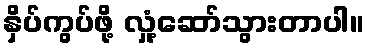
နှိပ်ကွပ်ဖို့ လှုံ့ဆော်သွားတာပါ။